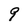
Character: 9